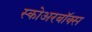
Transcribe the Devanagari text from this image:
स्कोअरबॉक्स